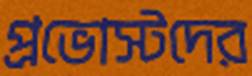
প্রভোস্টদের